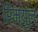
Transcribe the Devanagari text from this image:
रिम्युल